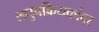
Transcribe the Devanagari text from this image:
लघुप्रक्रियकांवर